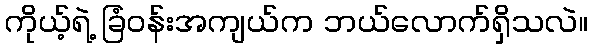
ကိုယ့်ရဲ့ ခြံဝန်းအကျယ်က ဘယ်လောက်ရှိသလဲ။